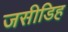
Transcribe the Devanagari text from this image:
जसीडिह